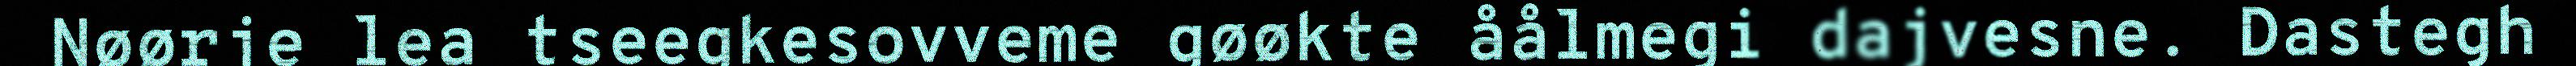
Nøørje lea tseegkesovveme gøøkte åålmegi dajvesne. Dastegh